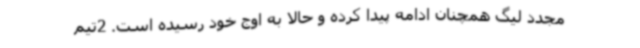
مجدد لیگ همچنان ادامه پیدا کرده و حالا به اوج خود رسیده است. 2تیم